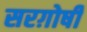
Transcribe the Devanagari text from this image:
सरग़ोषी